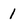
Character: 1